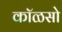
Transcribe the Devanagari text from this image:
कॉळसो